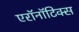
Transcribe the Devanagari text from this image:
एरॉनॉटिक्स